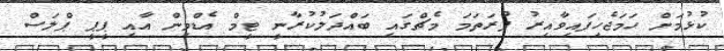
ކުޅުމަށް ހަމަޖެހިފައިވާއިރު ފުރަތަމަ މެޗްގައި ބައްދަލުކުރާނީ ޓީމް އެޑްމިން އާއި ޕީޕީ ޕްލަސް